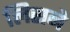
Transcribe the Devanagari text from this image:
लिसने